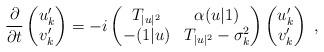
LaTeX: \begin{align*}\frac{\partial}{\partial t}\begin{pmatrix}u'_k \\v'_k\end{pmatrix}=-i\begin{pmatrix} T_{\vert u\vert^2} & \alpha(u\vert 1)\\-(1\vert u) & T_{\vert u\vert^2}-\sigma_k^2\end{pmatrix}\begin{pmatrix}u'_k \\v'_k\end{pmatrix}\ ,\end{align*}